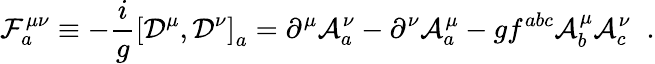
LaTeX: {\cal F}_{a}^{\mu\nu}\equiv-{\frac{i}{g}}\left\lbrack{\cal D}^{\mu},{\cal D}^{\nu}\right\rbrack_{a}=\partial^{\mu}{\cal A}_{a}^{\nu}-\partial^{\nu}{\cal A}_{a}^{\mu}-gf^{abc}{\cal A}_{b}^{\mu}{\cal A}_{c}^{\nu}\; \; .